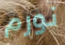
نورم